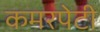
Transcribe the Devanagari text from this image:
कमरपेटी